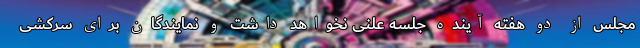
مجلس از دو هفته آینده جلسه علنی نخواهد داشت و نمایندگان برای سرکشی